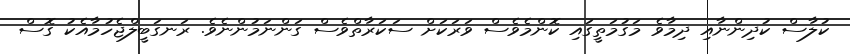
ކުލާސް ކުދިންނާއި ދިމާވެ މަގުމަތީގައި ކޮންމެވެސް ވަރަކަށް ސަކަރާތްވެސް ގަންނަމުންނެވެ. ރަނގަބީލްޖެހުމާއެކު ގޮސް